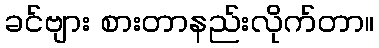
ခင်ဗျား စားတာနည်းလိုက်တာ။